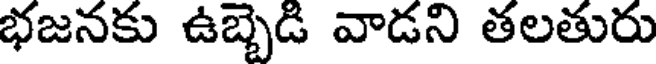
భజనకు ఉబ్బెడి వాడని తలతురు